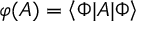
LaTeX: \mathcal { \varphi } ( A ) = \left\langle \Phi | A | \Phi \right\rangle